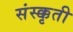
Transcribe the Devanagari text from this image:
संस्क्कृती